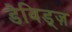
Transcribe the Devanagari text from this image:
डेविड्ज़